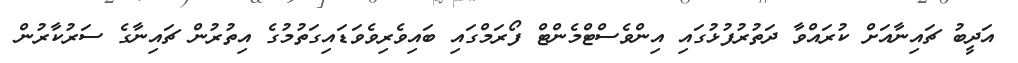
އަދީބު ޗައިނާއަށް ކުރައްވާ ދަތުރުފުޅުގައި އިންވެސްޓްމެންޓް ފޯރަމްގައި ބައިވެރިވެވަޑައިގަތުމުގެ އިތުރުން ޗައިނާގެ ސަރުކާރުން